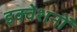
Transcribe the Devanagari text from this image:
इक्वेशनों